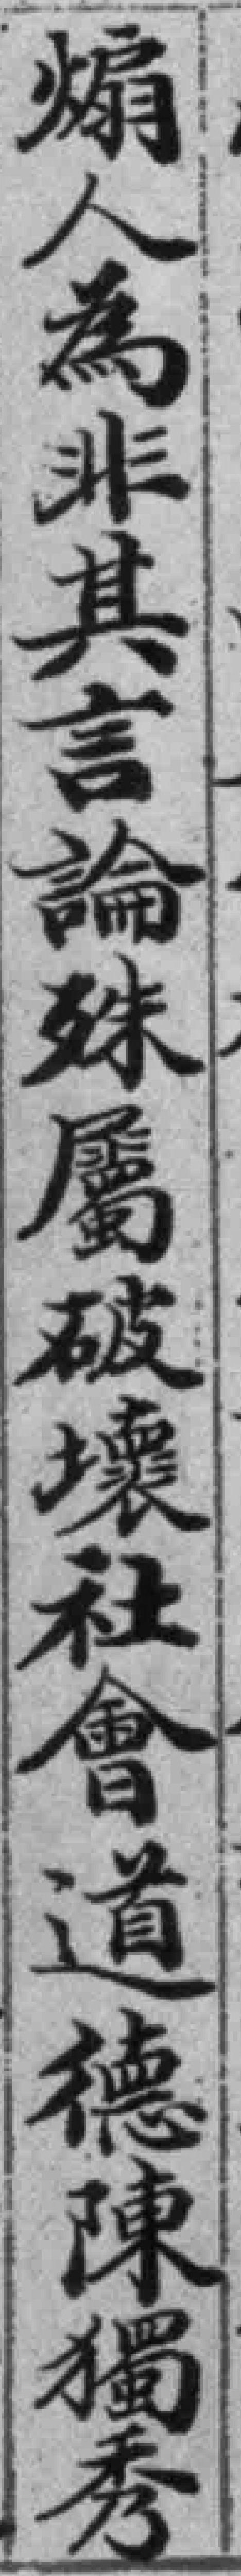
煽人為非其言論殊屬破壞社會道德陳獨秀